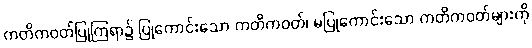
ကတိကဝတ်ပြုကြရာ၌ ပြုကောင်းသော ကတိကဝတ်၊ မပြုကောင်းသော ကတိကဝတ်များကို